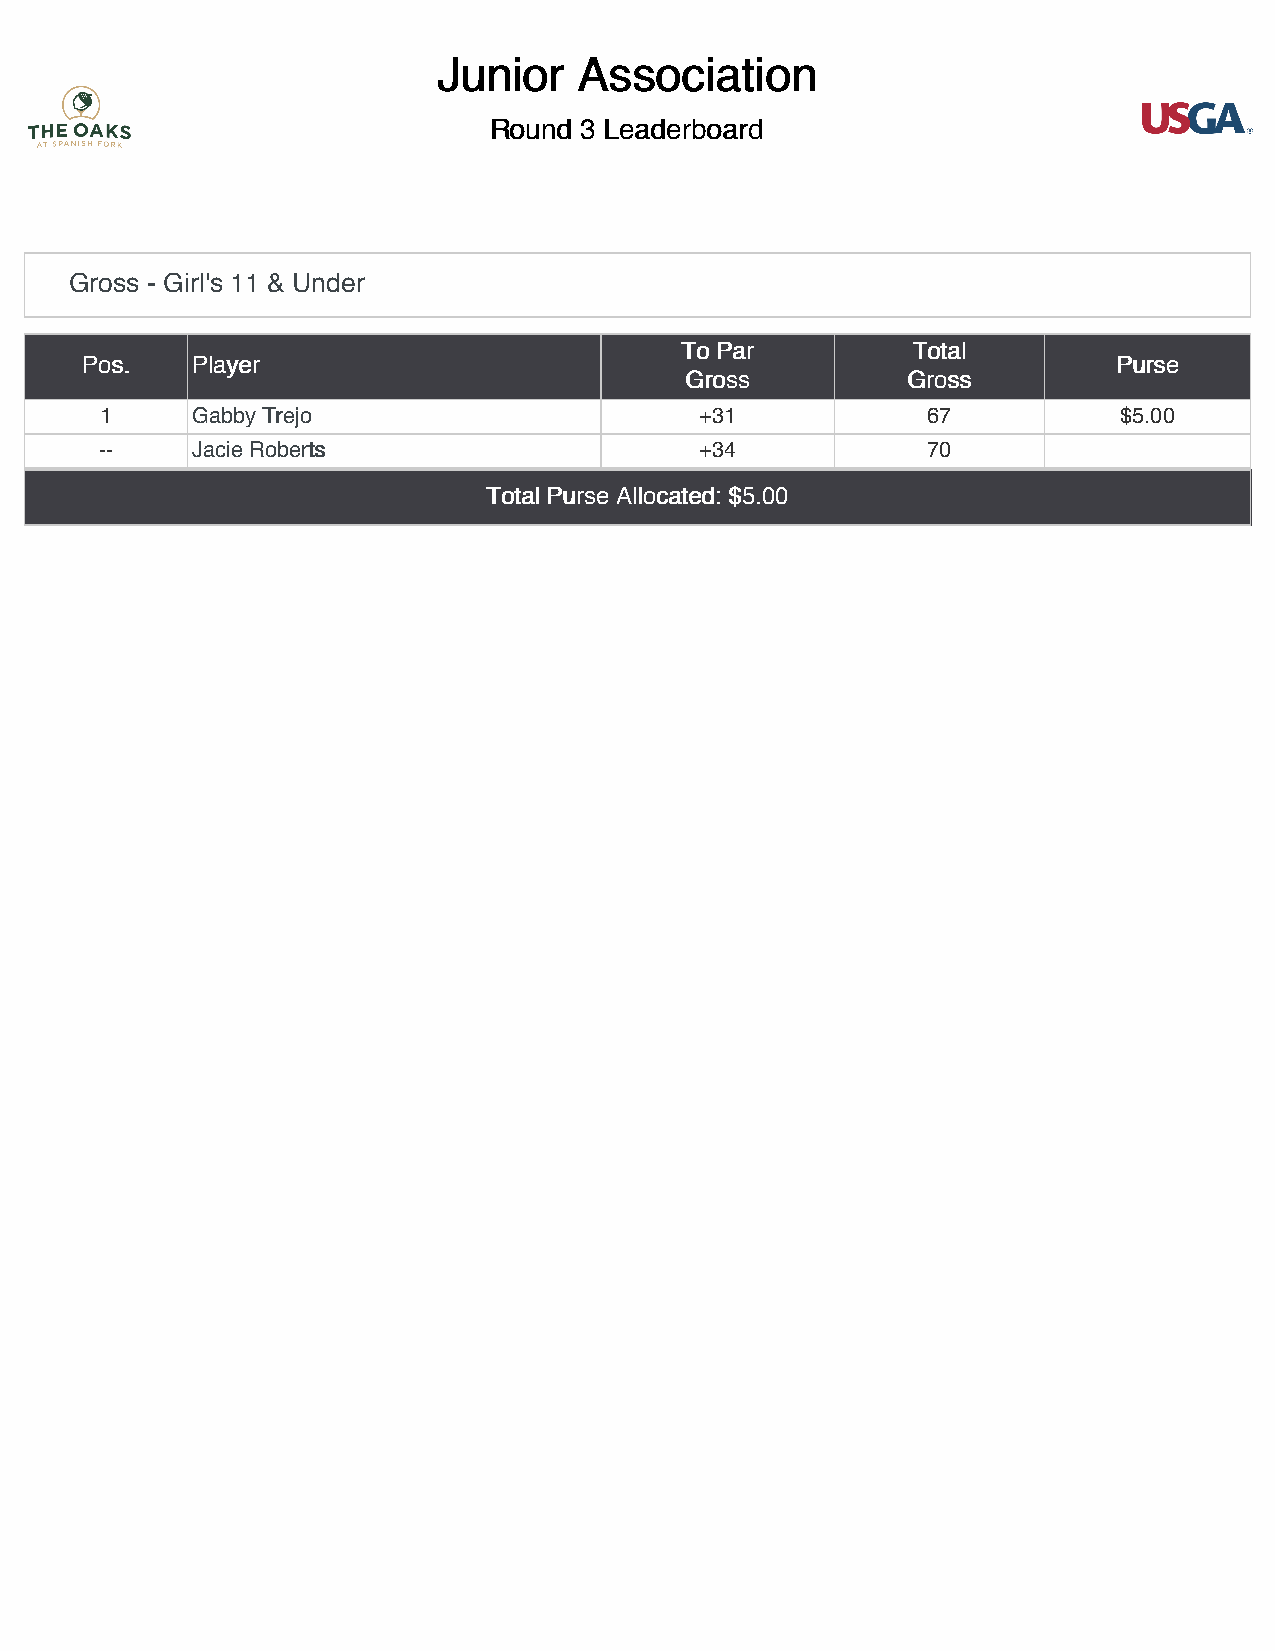
JJuunniioorr AAssssoocciiaattiioonn
 RRoouunndd 33 LLeeaaddeerrbbooaarrdd
 Gross - Girl's 11 & Under
 TToo PPaarr    TToottaall
 PPooss.. PPllaayyeerr                                                PPuurrssee
 GGrroossss     GGrroossss
 1     GGaabbbbyy TTrreejjoo            +31            67           $5.00
 --    JJaacciiee RRoobbeerrttss        +34            70
 TToottaall PPuurrssee AAllllooccaatteedd:: $$55..0000